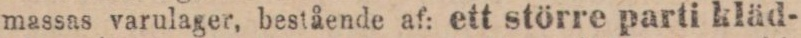
massas varulager, bestående af: ett större parti kläd-